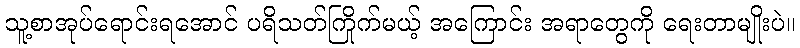
သူ့စာအုပ်ရောင်းရအောင် ပရိသတ်ကြိုက်မယ့် အကြောင်း အရာတွေကို ရေးတာမျိုးပဲ။